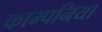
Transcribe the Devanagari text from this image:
काम्पनिया